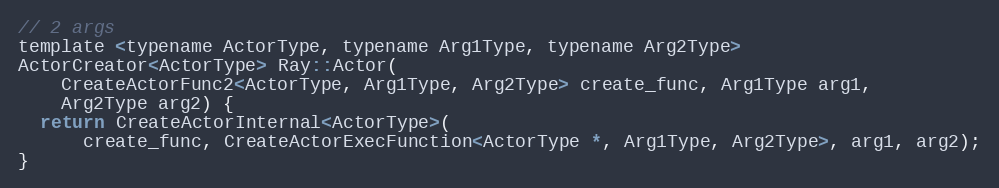
Language: C
// 2 args
template <typename ActorType, typename Arg1Type, typename Arg2Type>
ActorCreator<ActorType> Ray::Actor(
    CreateActorFunc2<ActorType, Arg1Type, Arg2Type> create_func, Arg1Type arg1,
    Arg2Type arg2) {
  return CreateActorInternal<ActorType>(
      create_func, CreateActorExecFunction<ActorType *, Arg1Type, Arg2Type>, arg1, arg2);
}